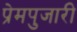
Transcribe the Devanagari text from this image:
प्रेमपुजारी